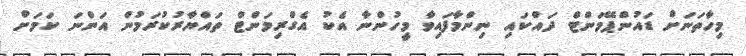
މިހާތަނަށް ޑައުންޕޭމަންޓް ދައްކައި ނިންމާފައިވާ މީހުންނާ އެކު އެގްރިމަންޓް ތައްޔާރުކުރަމުން އަންނަ ކަމަށް